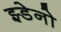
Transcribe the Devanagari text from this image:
झ्डेनो